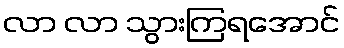
လာ လာ သွားကြရအောင်